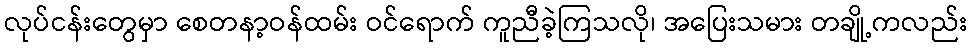
လုပ်ငန်းတွေမှာ စေတနာ့ဝန်ထမ်း ဝင်ရောက် ကူညီခဲ့ကြသလို၊ အပြေးသမား တချို့ကလည်း